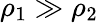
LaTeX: \rho_{1}\gg\rho_{2}